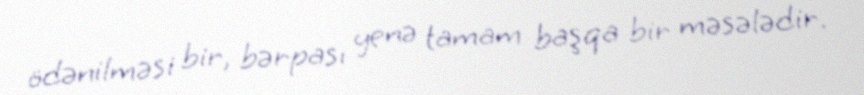
ödənilməsi bir, bərpası yenə tamam başqa bir məsələdir.